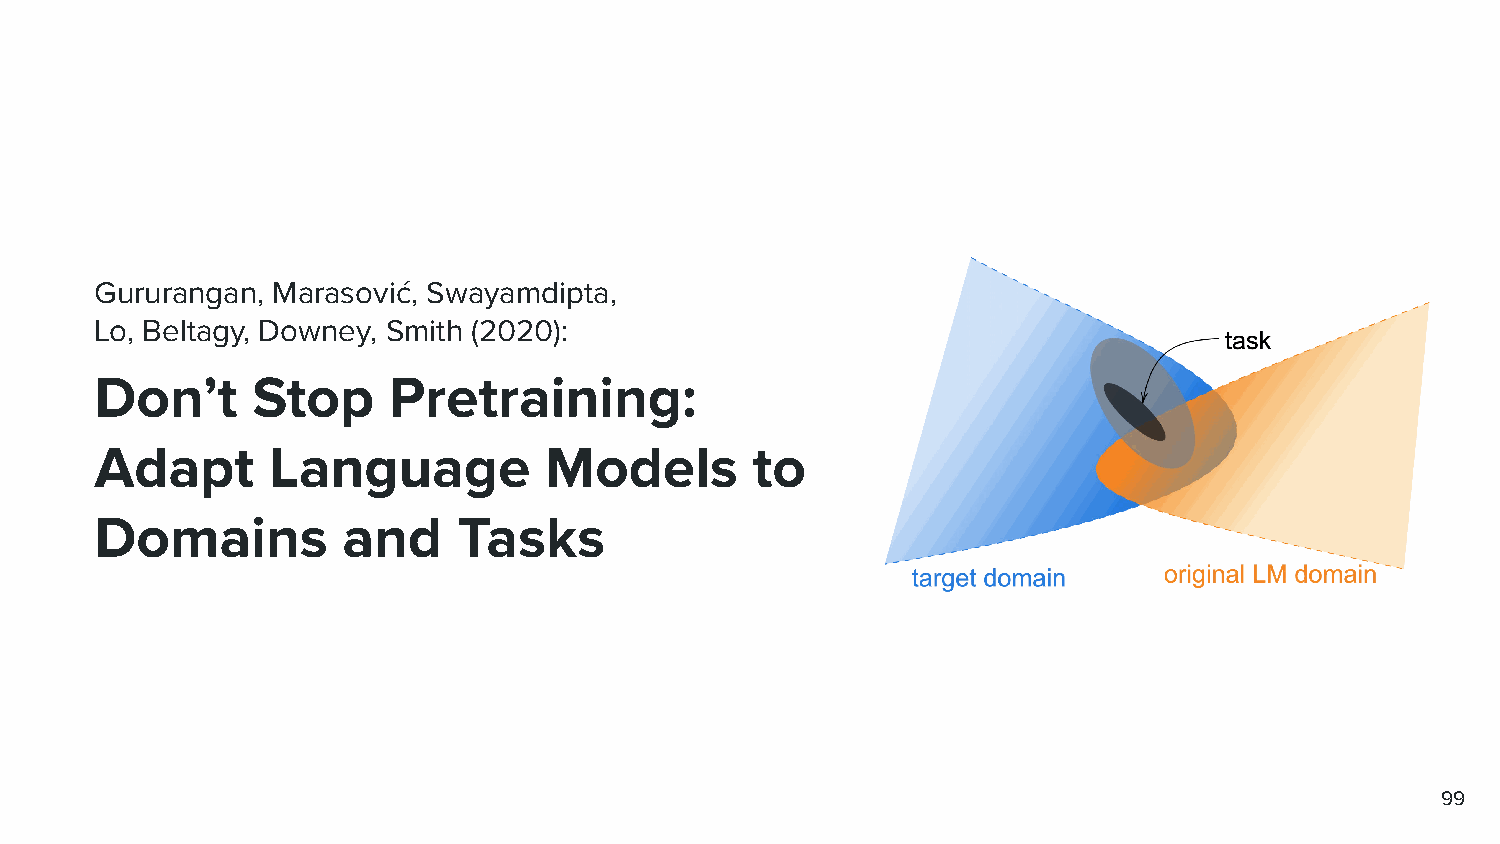
Gururangan, Marasović, Swayamdipta,
 Lo, Beltagy, Downey, Smith (2020):
 Don’t      Stop     Pretraining:
 Adapt       Language          Models        to
 Domains          and    Tasks
 99